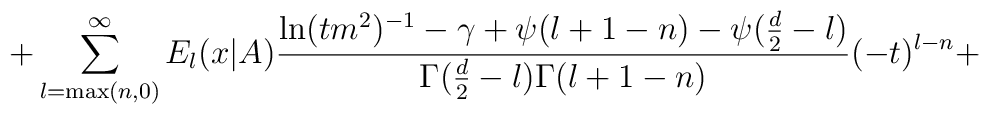
+\sum_{l={\rm max}(n,0)}^\infty E_l(x|A)\frac{\ln(tm^2)^{-1}-\gamma+\psi(l+1-n)-\psi(\frac{d}{2}-l)}{\Gamma(\frac{d}{2}-l)\Gamma(l+1-n)}(-t)^{l-n}+